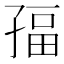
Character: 𭓏